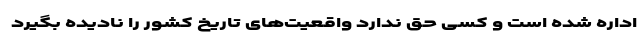
اداره شده است و کسی حق ندارد واقعیت‌های تاریخ کشور را نادیده بگیرد